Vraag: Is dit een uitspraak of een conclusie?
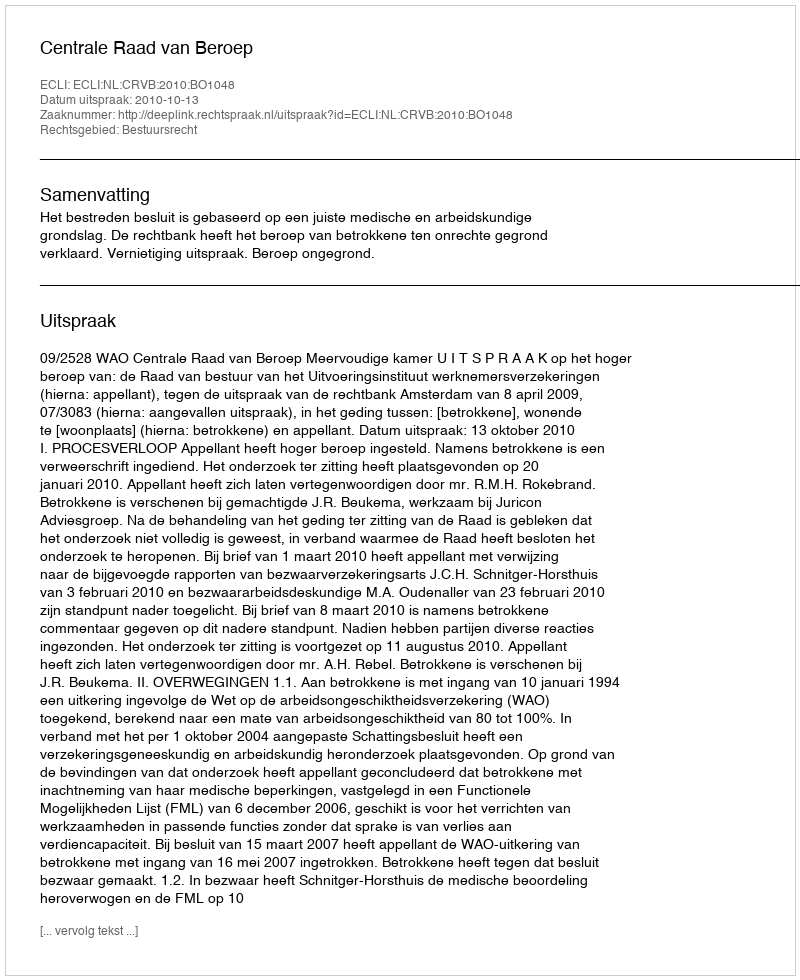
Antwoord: Uitspraak